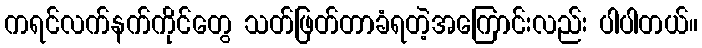
ကရင်လက်နက်ကိုင်တွေ သတ်ဖြတ်တာခံရတဲ့အကြောင်းလည်း ပါပါတယ်။